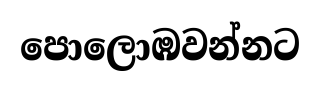
පොලොඹවන්නට